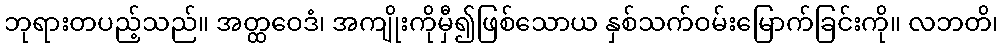
ဘုရားတပည့်သည်။ အတ္ထဝေဒံ၊ အကျိုးကိုမှီ၍ဖြစ်သောယ နှစ်သက်ဝမ်းမြောက်ခြင်းကို။ လဘတိ၊